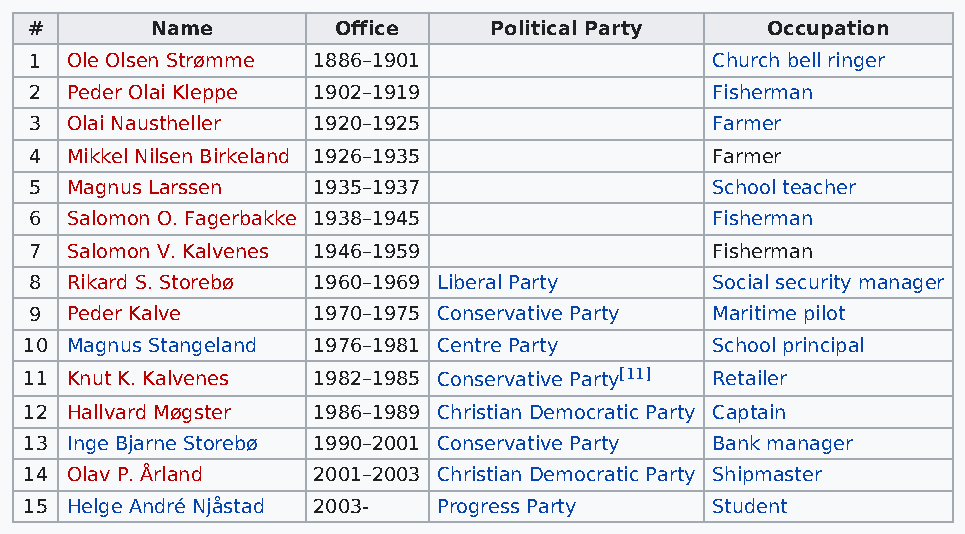
#       Name        Office    Political Party    Occupation
 1 Ole Olsen Strømme 1886–1901                Church bell ringer
 2 Peder Olai Kleppe 1902–1919                Fisherman
 3 Olai Naustheller 1920–1925                 Farmer
 4 Mikkel Nilsen Birkeland 1926–1935          Farmer
 5 Magnus Larssen   1935–1937                 School teacher
 6 Salomon O. Fagerbakke 1938–1945            Fisherman
 7 Salomon V. Kalvenes 1946–1959              Fisherman
 8 Rikard S. Storebø 1960–1969 Liberal Party  Social security manager
 9 Peder Kalve      1970–1975 Conservative Party Maritime pilot
 10 Magnus Stangeland 1976–1981 Centre Party  School principal
 11 Knut K. Kalvenes 1982–1985 Conservative Party[11] Retailer
 12 Hallvard Møgster 1986–1989 Christian Democratic Party Captain
 13 Inge Bjarne Storebø 1990–2001 Conservative Party Bank manager
 14 Olav P. Årland  2001–2003 Christian Democratic Party Shipmaster
 15 Helge André Njåstad 2003- Progress Party  Student